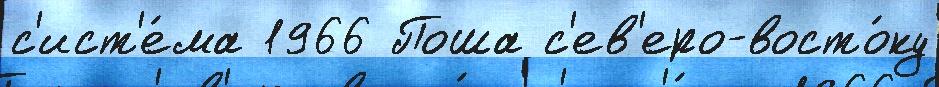
с'ист'е́ма 1966 Поша с'ев'еро-восто́ку